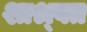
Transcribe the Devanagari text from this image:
शाश्र्वत